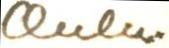
Oulu.